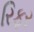
રિફર